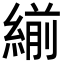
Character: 𦂒